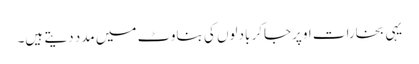
یہی بخارات اوپرجاکر بادلوں کی بناوٹ میں مدد دیتے ہیں۔